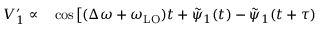
\begin{array} { r l } { V _ { 1 } ^ { \prime } \propto } & { { } \cos \left[ ( \Delta \omega + \omega _ { \mathrm { L O } } ) t + \tilde { \psi } _ { 1 } ( t ) - \tilde { \psi } _ { 1 } ( t + \tau ) \right. } \end{array}